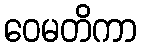
ဝေမတိကာ